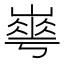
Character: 𡼙